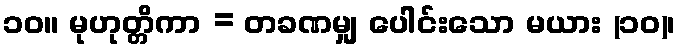
၁၀။ မုဟုတ္တိကာ = တခဏမျှ ပေါင်းသော မယား (၁၀)၊